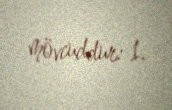
mövcuddur: 1.